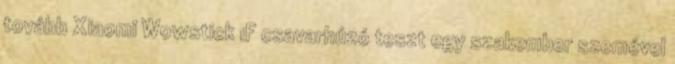
tovább Xiaomi Wowstick 1F csavarhúzó teszt egy szakember szemével